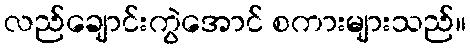
လည်ချောင်းကွဲအောင် စကားများသည်။